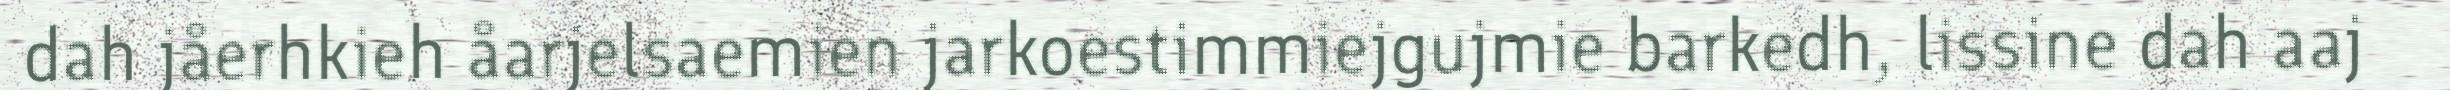
dah jåerhkieh åarjelsaemien jarkoestimmiejgujmie barkedh, lissine dah aaj